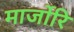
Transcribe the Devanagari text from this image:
मार्जोरि